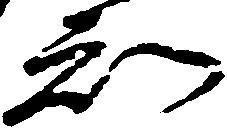
知